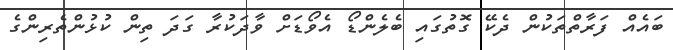
ބައެއް ފަރާތްތަކުން ދެކޭ ގޮތުގައި ބެލެންޑޯ އެވޯޑަށް ވާދަކުރާ ގަދަ ތިން ކުޅުންތެރިންގެ